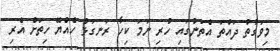
މިވަގުތު ދައްތަ އެތަނުގައި ހުރި ނަމަ ކިހާ ރަނގަޅު ހެއްޔޭ ހިތަށް އެރި